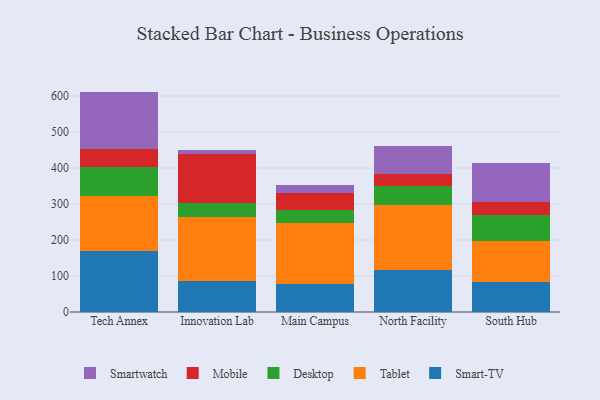
{"axis": {"x": "Campus", "y": "Gross Profit (USD K)"}, "legend": ["Desktop", "Mobile", "Smart-TV", "Smartwatch", "Tablet"], "data": [{"x": "Tech Annex", "y": 169.5, "type": "Smart-TV"}, {"x": "Tech Annex", "y": 154.0, "type": "Tablet"}, {"x": "Tech Annex", "y": 80.6, "type": "Desktop"}, {"x": "Tech Annex", "y": 49.5, "type": "Mobile"}, {"x": "Tech Annex", "y": 158.7, "type": "Smartwatch"}, {"x": "Innovation Lab", "y": 85.1, "type": "Smart-TV"}, {"x": "Innovation Lab", "y": 177.6, "type": "Tablet"}, {"x": "Innovation Lab", "y": 41.2, "type": "Desktop"}, {"x": "Innovation Lab", "y": 135.4, "type": "Mobile"}, {"x": "Innovation Lab", "y": 9.6, "type": "Smartwatch"}, {"x": "Main Campus", "y": 78.9, "type": "Smart-TV"}, {"x": "Main Campus", "y": 167.4, "type": "Tablet"}, {"x": "Main Campus", "y": 37.0, "type": "Desktop"}, {"x": "Main Campus", "y": 46.0, "type": "Mobile"}, {"x": "Main Campus", "y": 24.9, "type": "Smartwatch"}, {"x": "North Facility", "y": 116.2, "type": "Smart-TV"}, {"x": "North Facility", "y": 180.0, "type": "Tablet"}, {"x": "North Facility", "y": 54.3, "type": "Desktop"}, {"x": "North Facility", "y": 32.8, "type": "Mobile"}, {"x": "North Facility", "y": 79.1, "type": "Smartwatch"}, {"x": "South Hub", "y": 83.8, "type": "Smart-TV"}, {"x": "South Hub", "y": 114.5, "type": "Tablet"}, {"x": "South Hub", "y": 70.5, "type": "Desktop"}, {"x": "South Hub", "y": 38.1, "type": "Mobile"}, {"x": "South Hub", "y": 107.5, "type": "Smartwatch"}]}